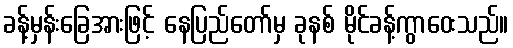
ခန့်မှန်းခြေအားဖြင့် နေပြည်တော်မှ ခုနစ် မိုင်ခန့်ကွာဝေးသည်။